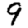
Digit: 9